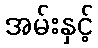
အမ်းနှင့်